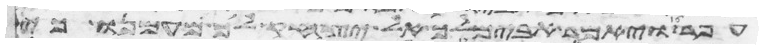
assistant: עפר ויאמר אבימלך אל יצחק לך מעמנו כי